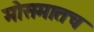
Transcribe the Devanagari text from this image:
मोसमातच